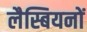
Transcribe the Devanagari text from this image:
लैस्बियनों